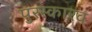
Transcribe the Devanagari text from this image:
पुरस्कारव